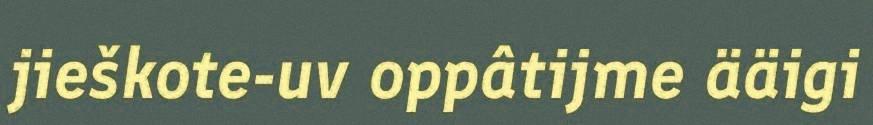
jieškote-uv oppâtijme ääigi